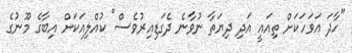
"ހާދަ އަވަހަކަށް ތިއައީ އަދި ދިޔަތާ ނުވާނެ ދެގަޑިއިރުވެސް" ކުއްލިއަކަށް އިބާގެ މޫނުގެ